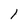
Character: I